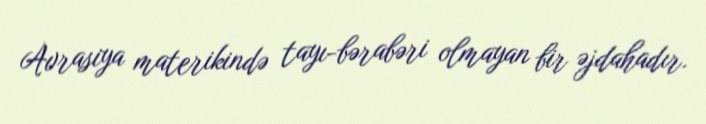
Avrasiya materikində tayı-bərabəri olmayan bir əjdahadır.